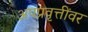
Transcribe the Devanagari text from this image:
अपप्रवृत्तींवर